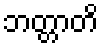
ဘတ္တာတိ